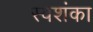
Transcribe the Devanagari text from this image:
स्वशंका